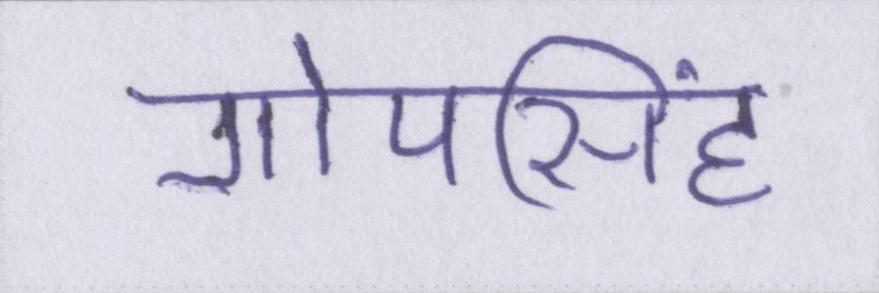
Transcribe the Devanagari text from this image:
गोपसिंह